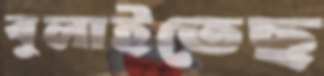
বুলাইতেছ